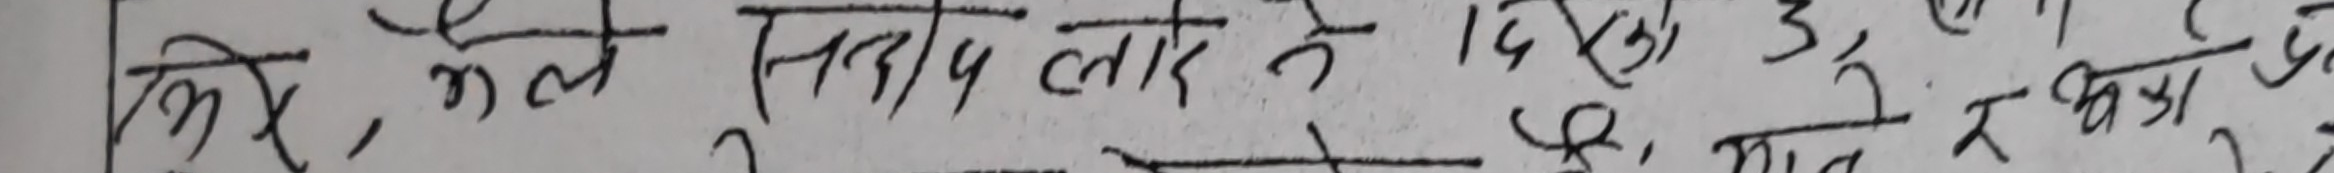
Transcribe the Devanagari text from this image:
सिरे, केले, सत्य लाग्ने १४ हो. उका छात्र